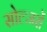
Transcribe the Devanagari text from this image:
सोल्जरों